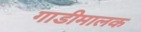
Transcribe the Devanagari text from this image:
गाडीमालक